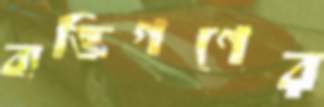
ব্যক্তিগণের